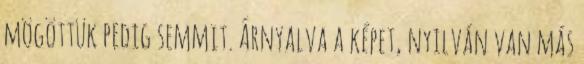
mögöttük pedig semmit. Árnyalva a képet, nyilván van más